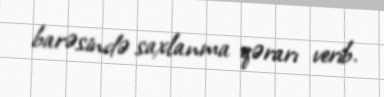
barəsində saxlanma qərarı verib.